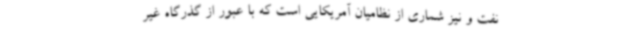
نفت و نیز شماری از نظامیان آمریکایی است که با عبور از گذرگاه غیر